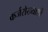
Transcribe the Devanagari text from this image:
कर्जरोख्याशी